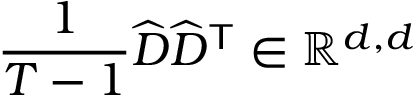
\frac { 1 } { T - 1 } \widehat { D } \widehat { D } ^ { \mathsf { T } } \in \mathbb { R } ^ { d , d }